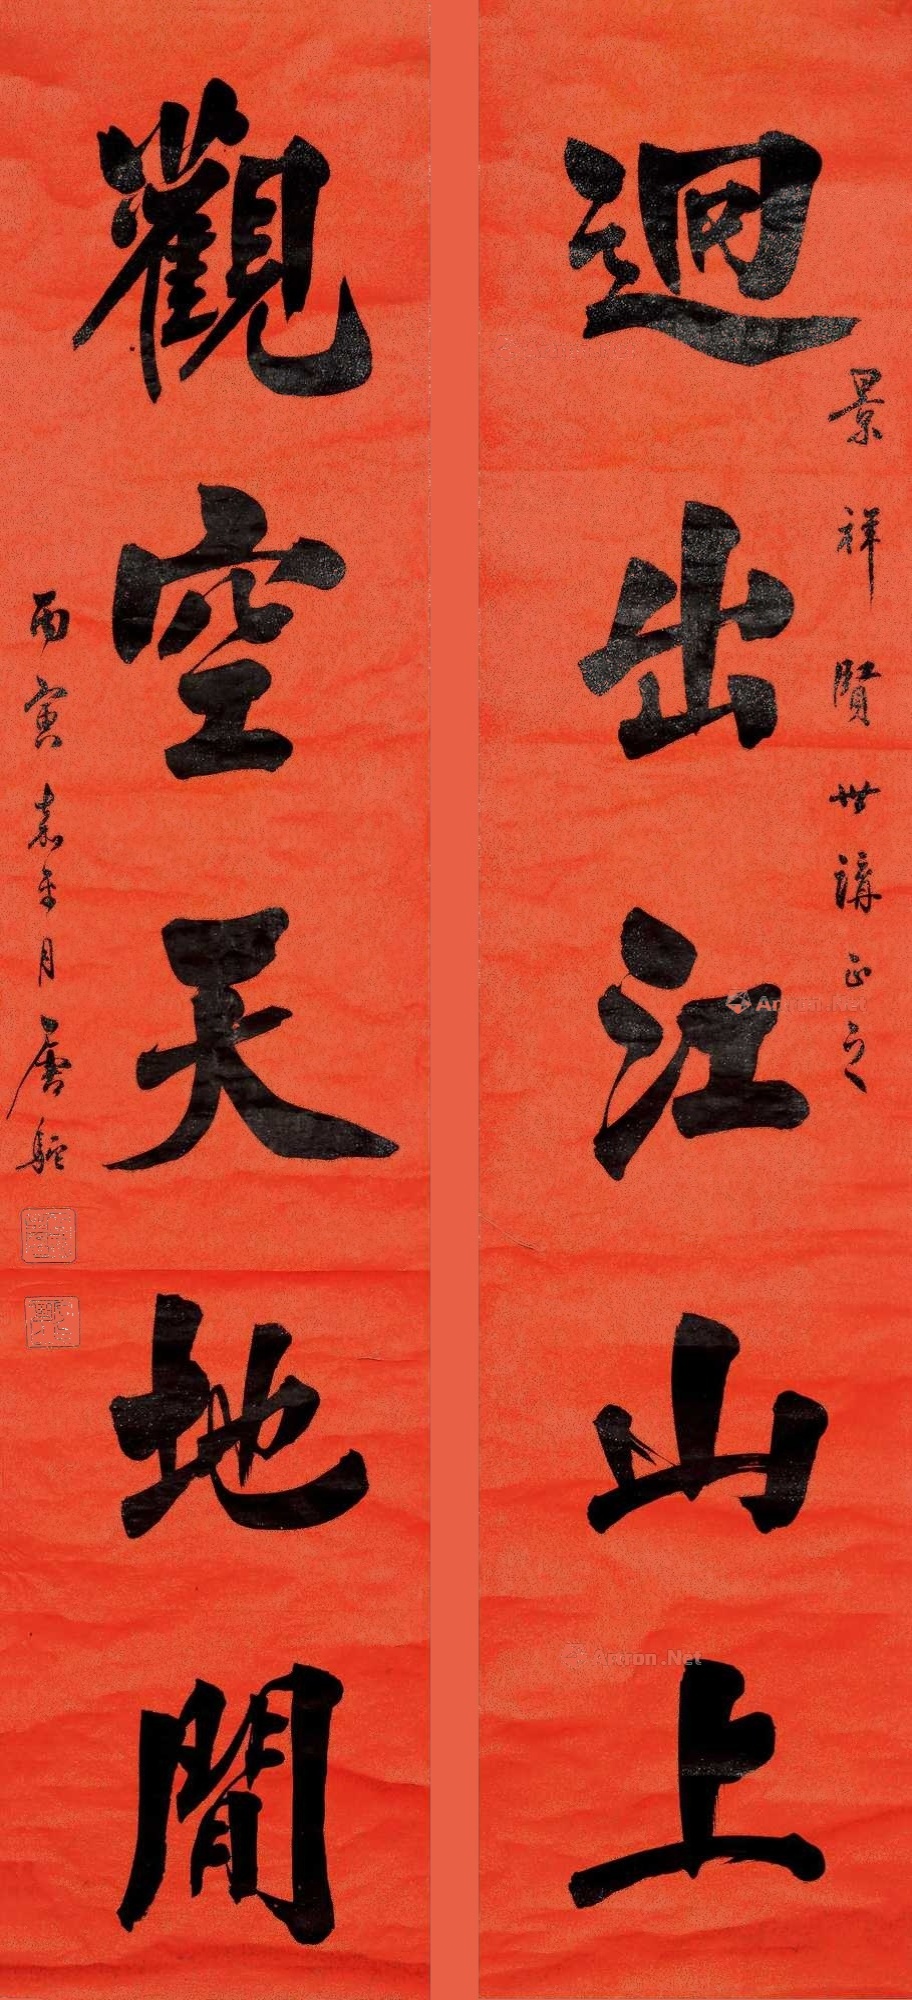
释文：回出江山上，观空天地间。景祥贤世淯正之，丙寅嘉平月唐驼。